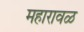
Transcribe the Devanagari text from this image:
महारावळ